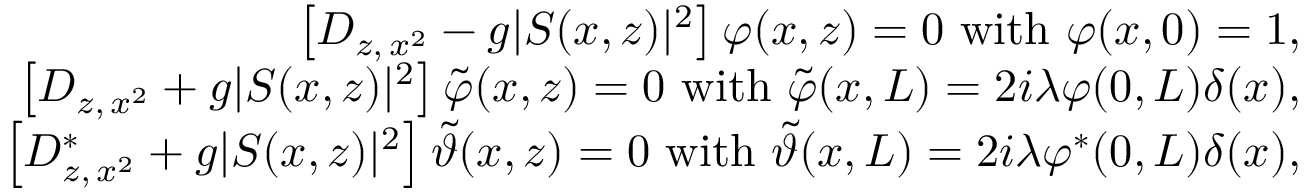
\begin{array} { r l r } & { } & { \left\lbrack D _ { z , \, x ^ { 2 } } - g \vert S ( x , z ) \vert ^ { 2 } \right\rbrack \varphi ( x , z ) = 0 \ \mathrm { w i t h } \ \varphi ( x , 0 ) = 1 , } \\ & { } & { \left\lbrack D _ { z , \, x ^ { 2 } } + g \vert S ( x , z ) \vert ^ { 2 } \right\rbrack \tilde { \varphi } ( x , z ) = 0 \ \mathrm { w i t h } \ \tilde { \varphi } ( x , L ) = 2 i \lambda \varphi ( 0 , L ) \delta ( x ) , } \\ & { } & { \left\lbrack D _ { z , \, x ^ { 2 } } ^ { \ast } + g \vert S ( x , z ) \vert ^ { 2 } \right\rbrack \tilde { \vartheta } ( x , z ) = 0 \ \mathrm { w i t h } \ \tilde { \vartheta } ( x , L ) = 2 i \lambda \varphi ^ { \ast } ( 0 , L ) \delta ( x ) , } \end{array}